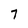
Character: 7